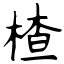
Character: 楂